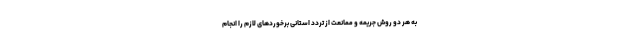
به هر دو روش جریمه و ممانعت از تردد استانی برخوردهای لازم را انجام